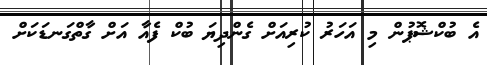
އެ ބުކްޝޮޕުން މި އަހަރު ކުރިއަށް ގެންދިޔަ ބުކް ފެއާ އަށް ގާތްގަނޑަކަށް